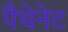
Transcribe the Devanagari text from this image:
पैथेनेट